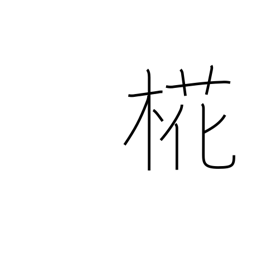
Meaning: birch